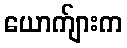
ယောက်ျားက